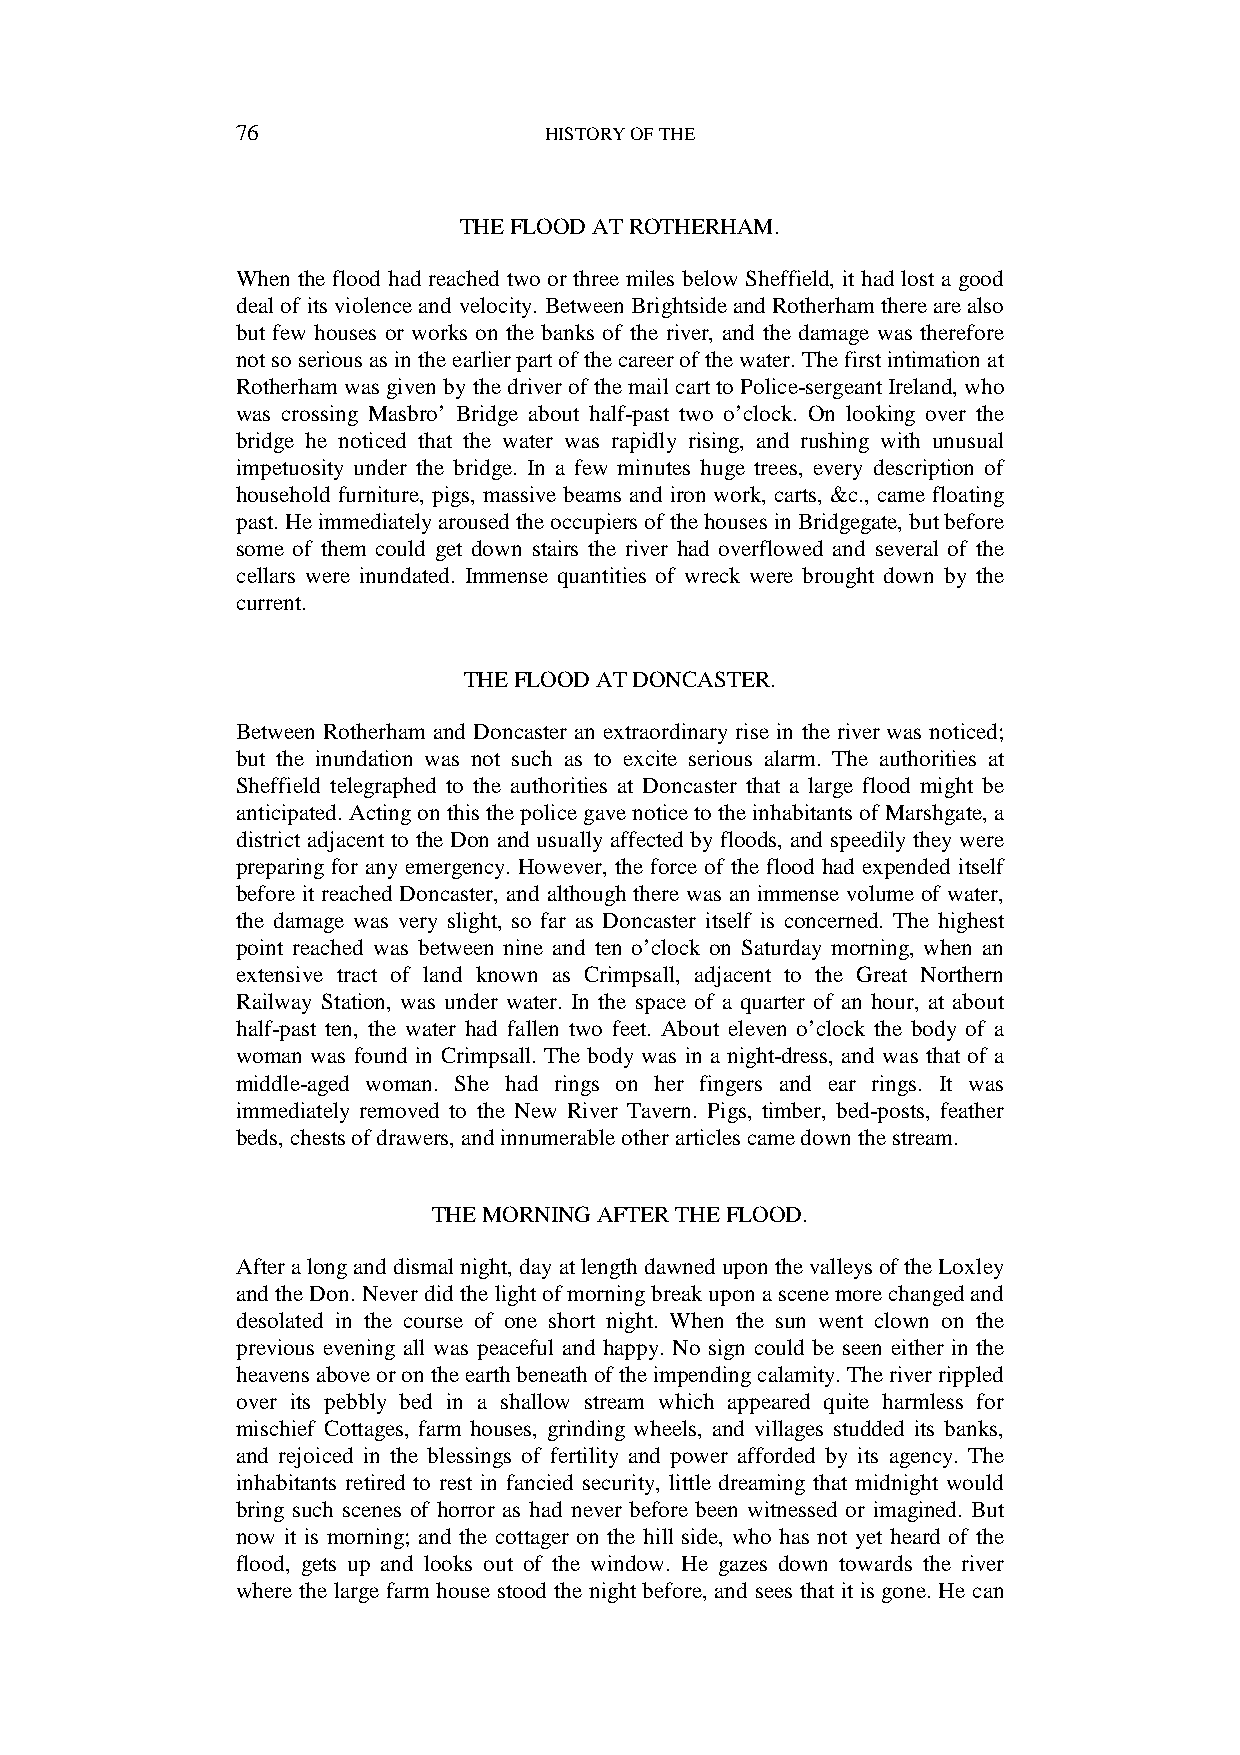
76                  HISTORY OF THE
 THE FLOOD AT ROTHERHAM.
 When the flood had reached two or three miles below Sheffield, it had lost a good
 deal of its violence and velocity. Between Brightside and Rotherham there are also
 but few houses or works on the banks of the river, and the damage was therefore
 not so serious as in the earlier part of the career of the water. The first intimation at
 Rotherham was given by the driver of the mail cart to Police-sergeant Ireland, who
 was crossing Masbro’ Bridge about half-past two o’clock. On looking over the
 bridge he noticed that the water was rapidly rising, and rushing with unusual
 impetuosity under the bridge. In a few minutes huge trees, every description of
 household furniture, pigs, massive beams and iron work, carts, &c., came floating
 past. He immediately aroused the occupiers of the houses in Bridgegate, but before
 some of them could get down stairs the river had overflowed and several of the
 cellars were inundated. Immense quantities of wreck were brought down by the
 current.
 THE FLOOD AT DONCASTER.
 Between Rotherham and Doncaster an extraordinary rise in the river was noticed;
 but the inundation was not such as to excite serious alarm. The authorities at
 Sheffield telegraphed to the authorities at Doncaster that a large flood might be
 anticipated. Acting on this the police gave notice to the inhabitants of Marshgate, a
 district adjacent to the Don and usually affected by floods, and speedily they were
 preparing for any emergency. However, the force of the flood had expended itself
 before it reached Doncaster, and although there was an immense volume of water,
 the damage was very slight, so far as Doncaster itself is concerned. The highest
 point reached was between nine and ten o’clock on Saturday morning, when an
 extensive tract of land known as Crimpsall, adjacent to the Great Northern
 Railway Station, was under water. In the space of a quarter of an hour, at about
 half-past ten, the water had fallen two feet. About eleven o’clock the body of a
 woman was found in Crimpsall. The body was in a night-dress, and was that of a
 middle-aged woman. She had rings on her fingers and ear rings. It was
 immediately removed to the New River Tavern. Pigs, timber, bed-posts, feather
 beds, chests of drawers, and innumerable other articles came down the stream.
 THE MORNING AFTER THE FLOOD.
 After a long and dismal night, day at length dawned upon the valleys of the Loxley
 and the Don. Never did the light of morning break upon a scene more changed and
 desolated in the course of one short night. When the sun went clown on the
 previous evening all was peaceful and happy. No sign could be seen either in the
 heavens above or on the earth beneath of the impending calamity. The river rippled
 over its pebbly bed in a shallow stream which appeared quite harmless for
 mischief Cottages, farm houses, grinding wheels, and villages studded its banks,
 and rejoiced in the blessings of fertility and power afforded by its agency. The
 inhabitants retired to rest in fancied security, little dreaming that midnight would
 bring such scenes of horror as had never before been witnessed or imagined. But
 now it is morning; and the cottager on the hill side, who has not yet heard of the
 flood, gets up and looks out of the window. He gazes down towards the river
 where the large farm house stood the night before, and sees that it is gone. He can